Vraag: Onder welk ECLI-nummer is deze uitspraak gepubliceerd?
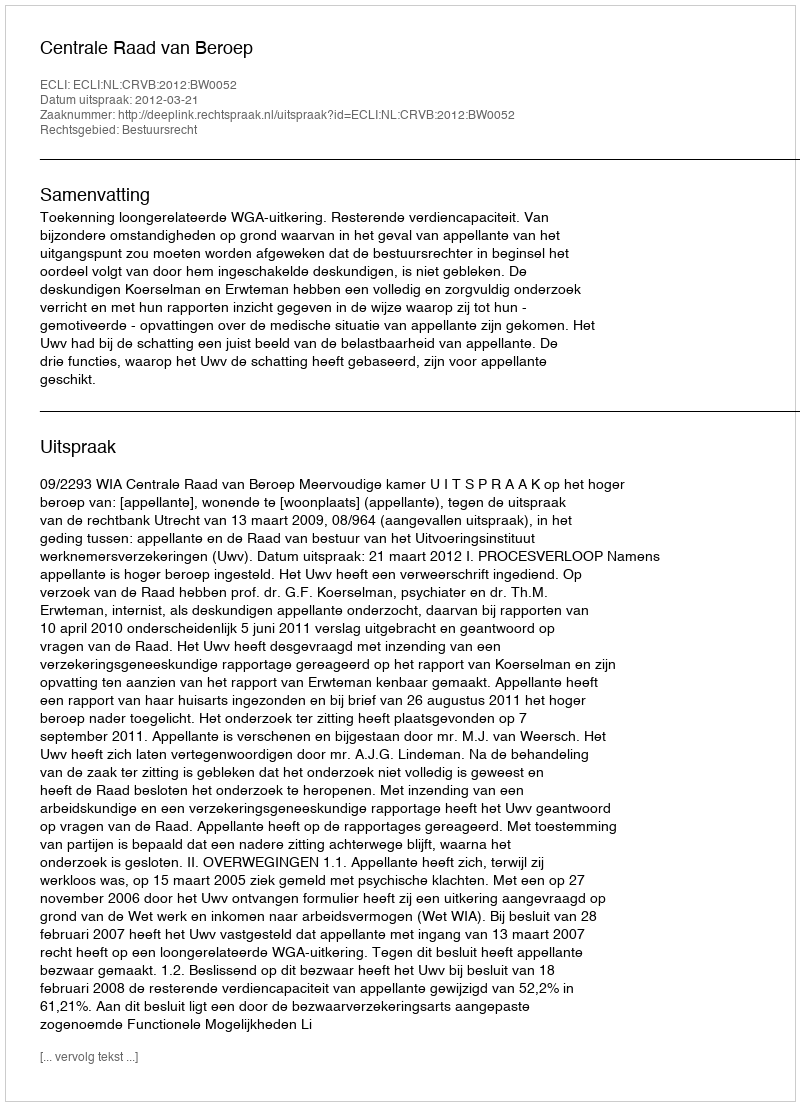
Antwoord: ECLI:NL:CRVB:2012:BW0052